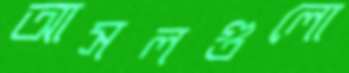
আসলগুলো